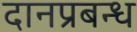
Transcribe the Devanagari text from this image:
दानप्रबन्ध